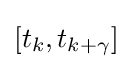
[t_{k},t_{k+\gamma }]